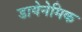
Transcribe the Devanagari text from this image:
डायेनेमिक